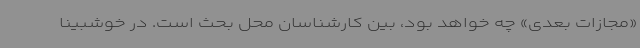
«مجازات بعدی» چه خواهد بود، بین کارشناسان محل بحث است. در خوشبینا